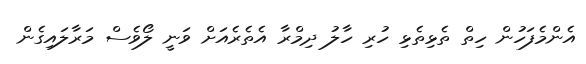
އެންމެފަހުން ހިތް ތެޅިތެޅިި ހުރި ހާލު ދިމްރާ އެތެރެެއަށް ވަނީ ލޯވެސް މަރާލައިގެން